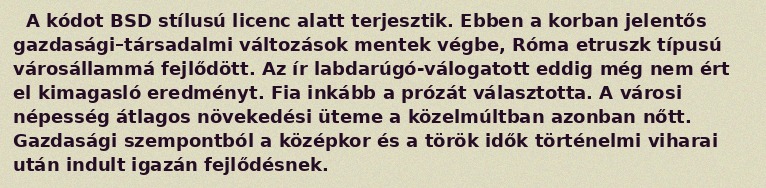
A kódot BSD stílusú licenc alatt terjesztik. Ebben a korban jelentős gazdasági–társadalmi változások mentek végbe, Róma etruszk típusú városállammá fejlődött. Az ír labdarúgó-válogatott eddig még nem ért el kimagasló eredményt. Fia inkább a prózát választotta. A városi népesség átlagos növekedési üteme a közelmúltban azonban nőtt. Gazdasági szempontból a középkor és a török idők történelmi viharai után indult igazán fejlődésnek.